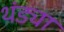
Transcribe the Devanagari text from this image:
थंड्या